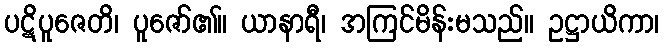
ပဋိပူဇေတိ၊ ပူဇော်၏။ ယာနာရီ၊ အကြင်မိန်းမသည်။ ဥဋ္ဌာယိကာ၊